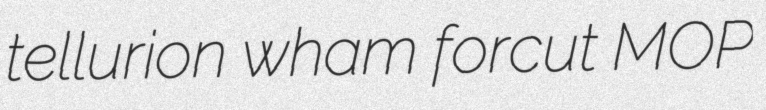
tellurion wham forcut MOP